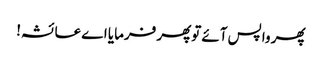
پھر واپس آئے توپھر فرمایا اے عائشہ!